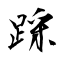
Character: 踩